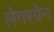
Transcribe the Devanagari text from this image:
लेगरग्रेन